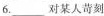
6. ___对某人苛刻